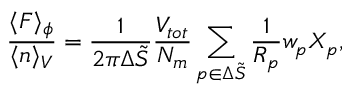
\frac { \langle F \rangle _ { \phi } } { \langle n \rangle _ { V } } = \frac { 1 } { 2 \pi \Delta \Tilde { S } } \frac { V _ { t o t } } { N _ { m } } \sum _ { p \in \Delta \Tilde { S } } \frac { 1 } { { R } _ { p } } w _ { p } X _ { p } ,